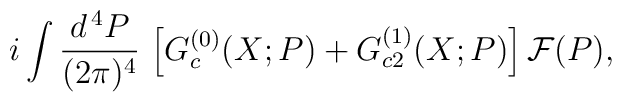
i \int \frac{d^{\, 4} P}{(2 \pi)^4} \,\left[ G_c^{(0)} (X; P) + G_{c 2}^{(1)} (X; P) \right] {\cal F} (P) ,